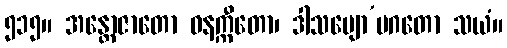
၅၁၅။ အန္တောဇာတော ဓနက္ကီတော၊ ဒါသဗျော’ပဂတော သယံ။